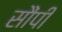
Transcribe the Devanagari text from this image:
सौंपीं